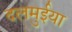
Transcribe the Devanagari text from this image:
दलमुईया